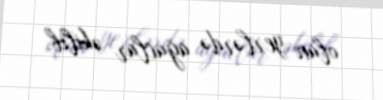
olan yerlərdə ağaclar əkilib.